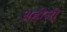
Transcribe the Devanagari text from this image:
अहींनी